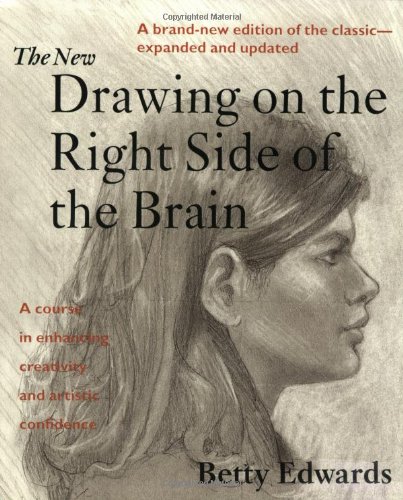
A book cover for The New Drawing on the Right Side of the Brain; Betty Edwards; Reference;